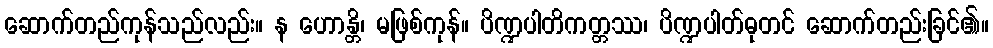
ဆောက်တည်ကုန်သည်လည်း။ န ဟောန္တိ၊ မဖြစ်ကုန်။ ပိဏ္ဍပါတိကတ္တဿ၊ ပိဏ္ဍပါတ်ဓုတင် ဆောက်တည်းခြင်၏။